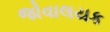
જોવાલયક